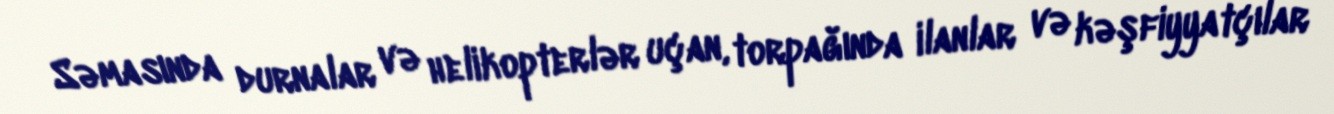
Səmasında durnalar və helikopterlər uçan, torpağında ilanlar və kəşfiyyatçılar